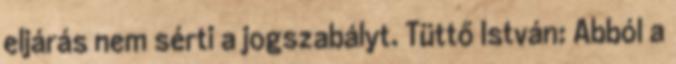
eljárás nem sérti a jogszabályt. Tüttő István: Abból a